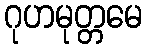
ဂုဟမုတ္တမေ